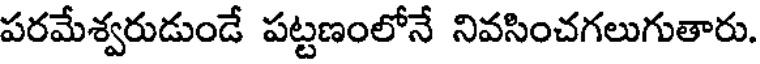
పరమేశ్వరుడుండే పట్టణంలోనే నివసించగలుగుతారు.